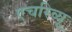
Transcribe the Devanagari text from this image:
एचरिव्यू